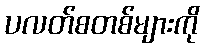
ပလတ်စတစ်များကို